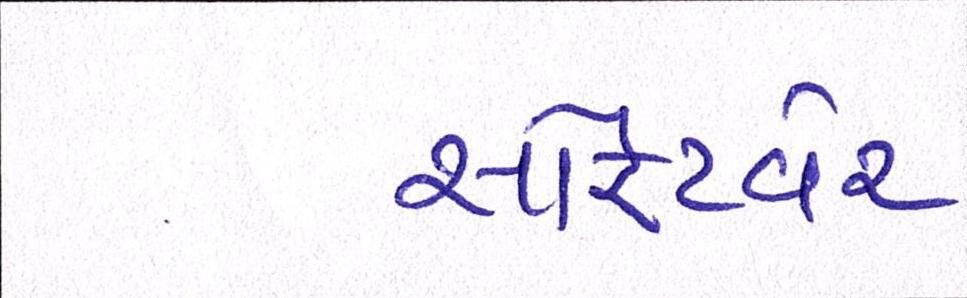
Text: સોફ્ટવેર